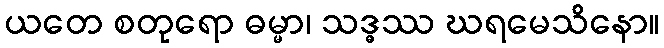
ယတေ စတုရော ဓမ္မာ၊ သဒ္ဓဿ ဃရမေသိနော။